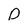
Character: D